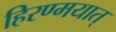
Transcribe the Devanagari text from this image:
हिरण्मयात्